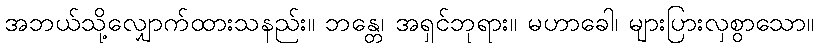
အဘယ်သို့လျှောက်ထားသနည်း။ ဘန္တေ၊ အရှင်ဘုရား။ မဟာခေါ၊ များပြားလှစွာသော။